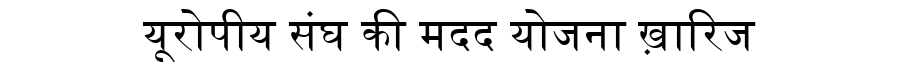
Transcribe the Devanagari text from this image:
यूरोपीय संघ की मदद योजना ख़ारिज